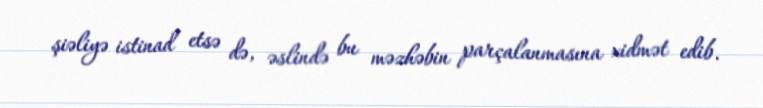
şiəliyə istinad etsə də, əslində bu məzhəbin parçalanmasına xidmət edib.